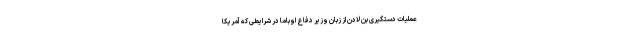
عملیات دستگیری بن لادن از زبان وزیر دفاع اوباما در شرایطی که آمریکا